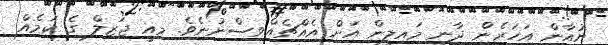
ޔުއާން އަހަރެން ދާނީ މައިލީން އަށް އެއްޗެއްވިސްނުނެވެ. މިއީ ޖަޒިލް ގެ ކަމެއް